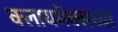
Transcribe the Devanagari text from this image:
क्लायमॅक्सच्या